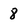
Character: 8